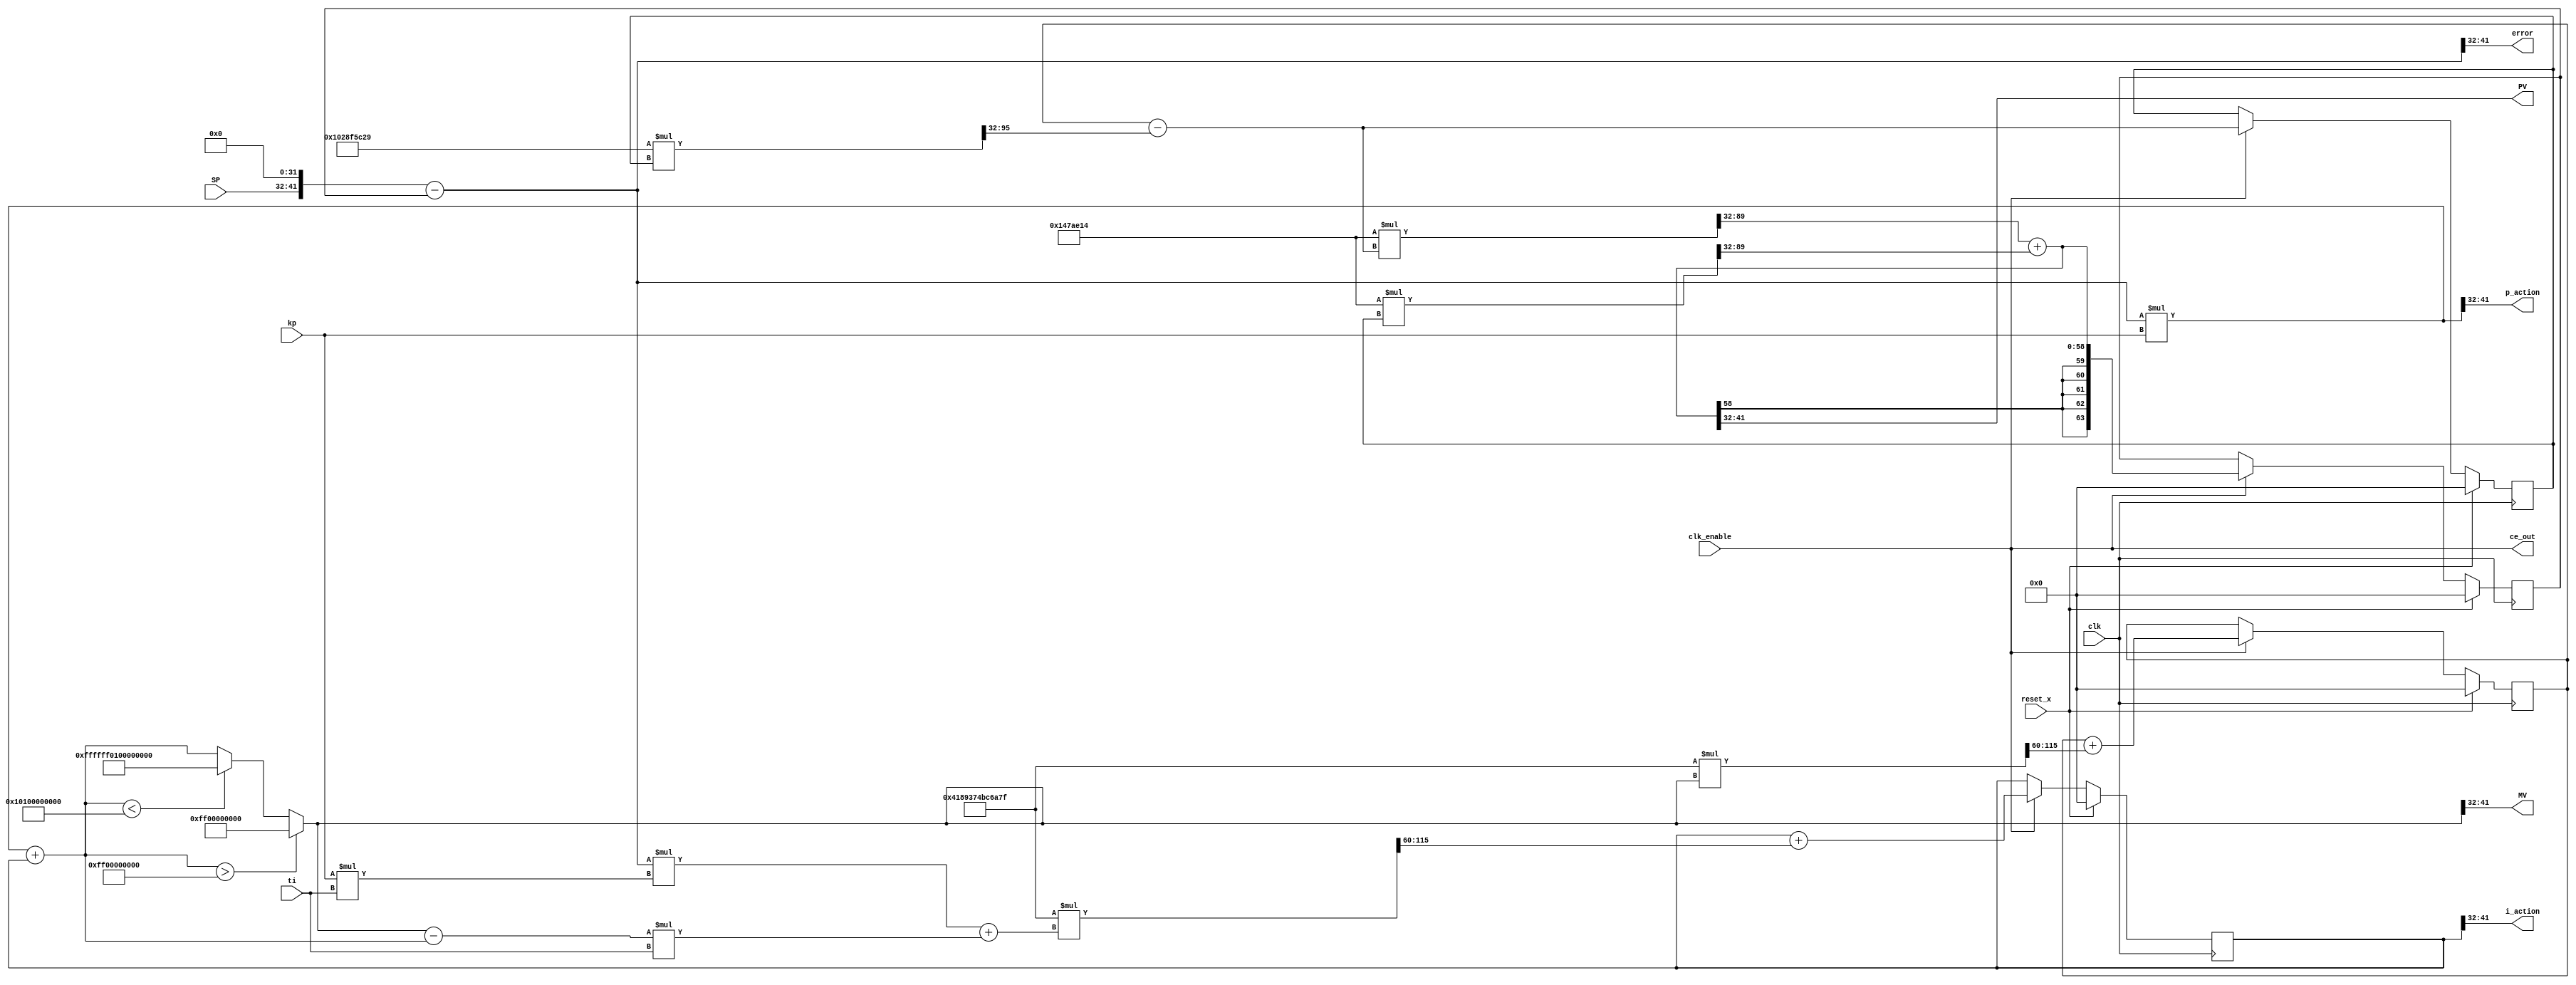
// -------------------------------------------------------------
// 
// 
// Generated by MATLAB 9.11 and HDL Coder 3.19
// 
// 
// -- -------------------------------------------------------------
// -- Rate and Clocking Details
// -- -------------------------------------------------------------
// Model base rate: 0.001
// Target subsystem base rate: 0.001
// 
// 
// Clock Enable  Sample Time
// -- -------------------------------------------------------------
// ce_out        0.001
// -- -------------------------------------------------------------
// 
// 
// Output Signal                 Clock Enable  Sample Time
// -- -------------------------------------------------------------
// PV                            ce_out        0.001
// MV                            ce_out        0.001
// p_action                      ce_out        0.001
// error                         ce_out        0.001
// i_action                      ce_out        0.001
// -- -------------------------------------------------------------
// 
// -------------------------------------------------------------


// -------------------------------------------------------------
// 
// Module: DT
// Source Path: motor_dtf_antiwindup/DT
// Hierarchy Level: 0
// 
// Simulink model description for motor_dtf_antiwindup:
// 
// Symmetric FIR Filter
// This example shows how to use HDL Coder(TM) to check, generate,
// and verify HDL for a fixed-point symmetric FIR filter. 
// 
// -------------------------------------------------------------

`timescale 1 ns / 1 ns

module DT
          (clk,
           reset_x,
           clk_enable,
           SP,
           kp,
           ti,
           ce_out,
           PV,
           MV,
           p_action,
           error,
           i_action);


  input   clk;
  input   reset_x;
  input   clk_enable;
  input   signed [9:0] SP;  // sfix10
  input   signed [9:0] kp;  // sfix10
  input   signed [9:0] ti;  // sfix10
  output  ce_out;
  output  signed [9:0] PV;  // sfix10
  output  signed [9:0] MV;  // sfix10
  output  signed [9:0] p_action;  // sfix10
  output  signed [9:0] error;  // sfix10
  output  signed [9:0] i_action;  // sfix10


  wire enb;
  wire signed [19:0] Product3_out1;  // sfix20
  reg signed [63:0] s_state_out1;  // sfix64_En32
  wire signed [127:0] nume_gain1_mul_temp;  // sfix128_En64
  wire signed [63:0] s_nume_gain1;  // sfix64_En32
  wire signed [63:0] s_denom_acc_out1;  // sfix64_En32
  wire signed [127:0] denom_gain1_mul_temp;  // sfix128_En64
  wire signed [63:0] s_denom_gain1;  // sfix64_En32
  wire signed [63:0] Saturation_out1;  // sfix64_En32
  wire signed [63:0] Add1_out1;  // sfix64_En32
  wire signed [63:0] Add3_out1;  // sfix64_En32
  wire signed [73:0] Product2_mul_temp;  // sfix74_En32
  wire signed [63:0] Product2_out1;  // sfix64_En32
  wire signed [63:0] Add_out1;  // sfix64_En32
  wire signed [83:0] Product1_mul_temp;  // sfix84_En32
  wire signed [63:0] Product1_out1;  // sfix64_En32
  wire signed [63:0] Add2_out1;  // sfix64_En32
  wire signed [63:0] Discrete_Time_Integrator1_indtc;  // sfix64
  wire signed [127:0] gain_mul_temp;  // sfix128_En60
  wire signed [63:0] Discrete_Time_Integrator1_u_gain;  // sfix64
  wire signed [63:0] Discrete_Time_Integrator1_u_dtc;  // sfix64_En32
  reg signed [63:0] Discrete_Time_Integrator1_x_reg;  // sfix64_En32
  wire signed [63:0] Discrete_Time_Integrator1_u_add;  // sfix64_En32
  wire signed [63:0] s_nume_acc_out1;  // sfix64_En32
  reg signed [63:0] Unit_Delay_out1;  // sfix64_En32
  wire signed [63:0] Add_sub_cast;  // sfix64_En32
  wire signed [73:0] Product_mul_temp;  // sfix74_En32
  wire signed [63:0] Product_out1;  // sfix64_En32
  wire signed [63:0] Discrete_Time_Integrator_indtc;  // sfix64
  wire signed [127:0] gain_mul_temp_1;  // sfix128_En60
  wire signed [63:0] Discrete_Time_Integrator_u_gain;  // sfix64
  wire signed [63:0] Discrete_Time_Integrator_u_dtc;  // sfix64_En32
  reg signed [63:0] Discrete_Time_Integrator_x_reg;  // sfix64_En32
  wire signed [63:0] Discrete_Time_Integrator_u_add;  // sfix64_En32
  wire signed [127:0] nume_gain_b0_mul_temp;  // sfix128_En64
  wire signed [63:0] s_nume_gain_b0;  // sfix64_En32
  wire signed [9:0] SP_1;  // sfix10
  wire signed [9:0] SP_2;  // sfix10
  wire signed [9:0] SP_3;  // sfix10
  wire signed [9:0] SP_4;  // sfix10
  wire signed [9:0] SP_5;  // sfix10


  assign enb = clk_enable;

  assign Product3_out1 = kp * ti;


  assign nume_gain1_mul_temp = 64'sh000000000147AE14 * s_state_out1;
  assign s_nume_gain1 = nume_gain1_mul_temp[95:32];



  always @(posedge clk)
    begin : s_state_out1_1_process
      if (reset_x == 1'b1) begin
        s_state_out1 <= 64'sh0000000000000000;
      end
      else begin
        if (enb) begin
          s_state_out1 <= s_denom_acc_out1;
        end
      end
    end



  assign denom_gain1_mul_temp = 64'shFFFFFFFF028F5C29 * s_state_out1;
  assign s_denom_gain1 = denom_gain1_mul_temp[95:32];



  assign Add3_out1 = Saturation_out1 - Add1_out1;


  assign Product2_mul_temp = Add3_out1 * ti;
  assign Product2_out1 = Product2_mul_temp[63:0];


  assign Product1_mul_temp = Add_out1 * Product3_out1;
  assign Product1_out1 = Product1_mul_temp[63:0];


  assign Add2_out1 = Product1_out1 + Product2_out1;


  assign Discrete_Time_Integrator1_indtc = Add2_out1;



  assign gain_mul_temp = 64'sh0004189374BC6A7F * Discrete_Time_Integrator1_indtc;
  assign Discrete_Time_Integrator1_u_gain = gain_mul_temp[123:60];



  assign Discrete_Time_Integrator1_u_dtc = Discrete_Time_Integrator1_u_gain;



  assign Discrete_Time_Integrator1_u_add = Discrete_Time_Integrator1_x_reg + Discrete_Time_Integrator1_u_dtc;



  always @(posedge clk)
    begin : Discrete_Time_Integrator1_reg_process
      if (reset_x == 1'b1) begin
        Discrete_Time_Integrator1_x_reg <= 64'sh0000000000000000;
      end
      else begin
        if (enb) begin
          Discrete_Time_Integrator1_x_reg <= Discrete_Time_Integrator1_u_add;
        end
      end
    end


  always @(posedge clk)
    begin : Unit_Delay_process
      if (reset_x == 1'b1) begin
        Unit_Delay_out1 <= 64'sh0000000000000000;
      end
      else begin
        if (enb) begin
          Unit_Delay_out1 <= s_nume_acc_out1;
        end
      end
    end


  assign Add_sub_cast = {{22{SP[9]}}, {SP, 32'b00000000000000000000000000000000}};
  assign Add_out1 = Add_sub_cast - Unit_Delay_out1;


  assign Product_mul_temp = Add_out1 * kp;
  assign Product_out1 = Product_mul_temp[63:0];


  assign Add1_out1 = Product_out1 + Discrete_Time_Integrator1_x_reg;


  assign Saturation_out1 = (Add1_out1 > 64'sh000000FF00000000 ? 64'sh000000FF00000000 :
              (Add1_out1 < 64'shFFFFFF0100000000 ? 64'shFFFFFF0100000000 :
              Add1_out1));


  assign Discrete_Time_Integrator_indtc = Saturation_out1;



  assign gain_mul_temp_1 = 64'sh0004189374BC6A7F * Discrete_Time_Integrator_indtc;
  assign Discrete_Time_Integrator_u_gain = gain_mul_temp_1[123:60];



  assign Discrete_Time_Integrator_u_dtc = Discrete_Time_Integrator_u_gain;



  assign Discrete_Time_Integrator_u_add = Discrete_Time_Integrator_x_reg + Discrete_Time_Integrator_u_dtc;



  always @(posedge clk)
    begin : Discrete_Time_Integrator_reg_process
      if (reset_x == 1'b1) begin
        Discrete_Time_Integrator_x_reg <= 64'sh0000000000000000;
      end
      else begin
        if (enb) begin
          Discrete_Time_Integrator_x_reg <= Discrete_Time_Integrator_u_add;
        end
      end
    end


  assign s_denom_acc_out1 = Discrete_Time_Integrator_x_reg - s_denom_gain1;



  assign nume_gain_b0_mul_temp = 64'sh000000000147AE14 * s_denom_acc_out1;
  assign s_nume_gain_b0 = nume_gain_b0_mul_temp[95:32];



  assign s_nume_acc_out1 = s_nume_gain_b0 + s_nume_gain1;


  assign SP_1 = s_nume_acc_out1[41:32];


  assign PV = SP_1;

  assign SP_2 = Saturation_out1[41:32];


  assign MV = SP_2;

  assign SP_3 = Product_out1[41:32];


  assign p_action = SP_3;

  assign SP_4 = Add_out1[41:32];


  assign error = SP_4;

  assign SP_5 = Discrete_Time_Integrator1_x_reg[41:32];


  assign i_action = SP_5;

  assign ce_out = clk_enable;

endmodule  // DT